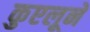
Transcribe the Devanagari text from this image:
कुएलूने